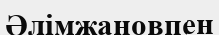
Әлімжановпен